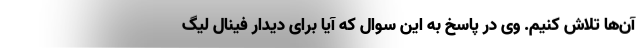
آن‌ها تلاش کنیم. وی در پاسخ به این سوال که آیا برای دیدار فینال لیگ